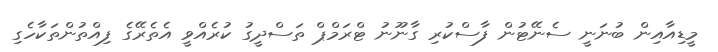
މީޑިއާއިން ބުނަނީ ސެނޭޓުން ފާސްކުރި ގާނޫނު ޓްރަމްޕް ތަސްދީގު ކުރެއްވީ އެތެރޭގެ ފިއްތުންތަކާހެގި